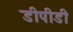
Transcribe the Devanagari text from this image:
डीपीडी